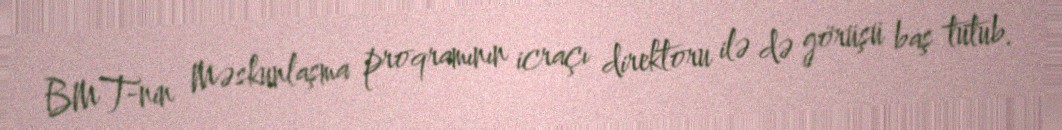
BMT-nin Məskunlaşma proqramının icraçı direktoru ilə də görüşü baş tutub.